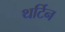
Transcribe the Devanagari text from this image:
थर्टिन